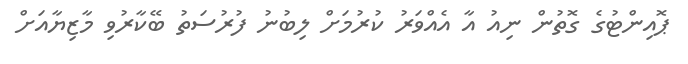
ޕޮއިންޓުގެ ގޮތުން ނިއު އާ އެއްވަރު ކުރުމަށް ލިބުނު ފުރުސަތު ބޭކާރުވި މާޒިޔާއަށް